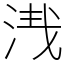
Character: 𣴮